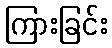
ကြားခြင်း